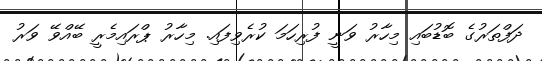
ދަފްތަރުގެ ބޮޑުބައި މިހާރު ވަނީ ފުރިހަމަ ކުރެވިފައި. މިހާރު ޕްރައިމެރީ ބޭއްވޭ ވަރު